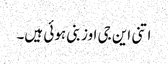
اتنی این جی اوز بنی ہوئی ہیں۔